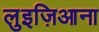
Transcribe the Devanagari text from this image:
लुइज़िआना